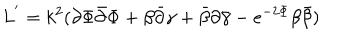
L ^ { ' } = k ^ { 2 } ( { \partial { \Phi } } { \bar { \partial } { \Phi } } + { \beta { \bar { \partial } } \gamma } + { \bar { \beta } } { \partial { \bar { \gamma } } } - e ^ { - 2 { \Phi } } { \beta { \bar { \beta } } } )